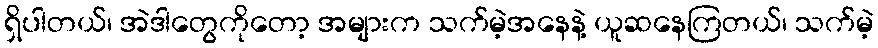
ရှိပါတယ်၊ အဲဒါတွေကိုတော့ အများက သက်မဲ့အနေနဲ့ ယူဆနေကြတယ်၊ သက်မဲ့